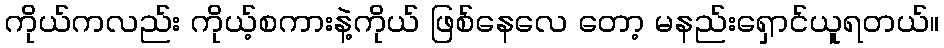
ကိုယ်ကလည်း ကိုယ့်စကားနဲ့ကိုယ် ဖြစ်နေလေ တော့ မနည်းရှောင်ယူရတယ်။